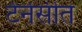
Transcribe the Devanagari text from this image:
टेनेसीत